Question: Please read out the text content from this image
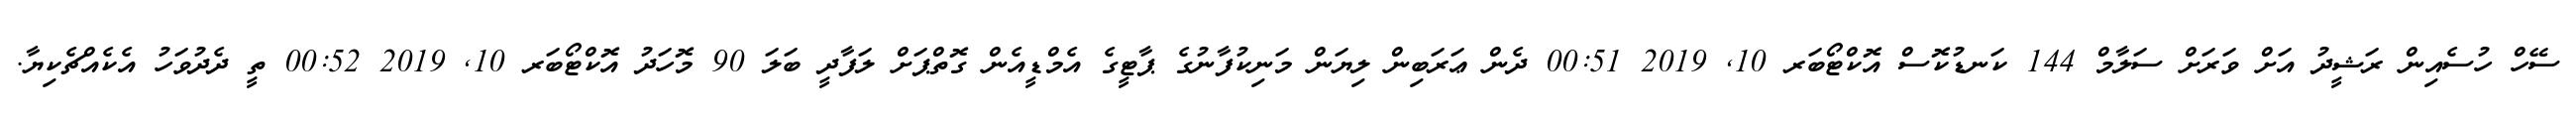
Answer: ސޭހް ހުސެއިން ރަޝީދު އަށް ވަރަށް ސަލާމް 144 ކަނޑުކޮސް އޮކްޓޯބަރ 10, 2019 00:51 ދެން ޢަރަބިން ލިޔަން މަނިކުފާނުގެ ޕާޓީގެ އެމްޑީއެން ގޮތްޕަށް ލަފާދީ ބަލަ 90 މޮހަދު އޮކްޓޯބަރ 10, 2019 00:52 ތީ ދެދުވަހު އެކެއްޗެކިޔާ.